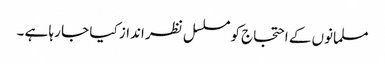
مسلمانوں کے احتجاج کو مسلسل نظر انداز کیا جا رہا ہے ۔